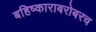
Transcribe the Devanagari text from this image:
बहिष्काराबरोबरच